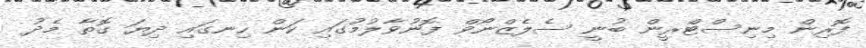
ފޮރިން މިނިސްޓްރީން ބުނީ ސެލެޒްނޯވް ފޮނުވާލުމުގައި ކަން ހިނގައި ދިޔަ ގޮތާ މެދު